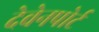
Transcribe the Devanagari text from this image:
देवेनपोर्ट